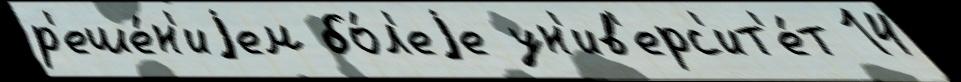
р'еше́н'иjем бо́л'еjе ун'ив'ерс'ит'е́т 14